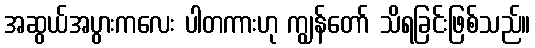
အဆွယ်အပွားကလေး ပါတကားဟု ကျွန်တော် သိရခြင်းဖြစ်သည်။